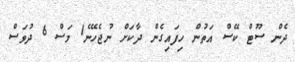
ދެން ސޫޓް ކޭސް އަތުން ހިފައިގެން ދާކަށް ނުޖެހޭނެ1 މަސް 6 ދުވަސް